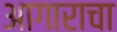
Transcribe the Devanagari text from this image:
आगाराचा